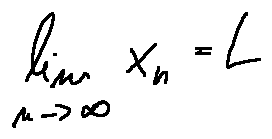
\lim \limits _ { n \rightarrow \infty } x _ { n } = L